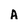
Character: A